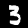
Label: 3